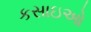
કસાઇઓ